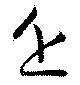
近